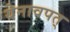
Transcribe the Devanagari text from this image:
येनावपत्